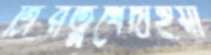
ত্রিরত্নখেদাইয়া